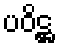
ပဝိဋ္ဌ